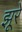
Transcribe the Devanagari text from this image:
झूरे